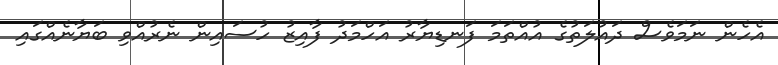
އެހެން ނަމަވެސް ދައުލަތުގެ އުއްތަމަ ފަނޑިޔާރު އަހްމަދު ފާއިޒު ހުސައިން ނެރުއްވި ބަޔާނެއްގައި